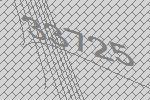
33725